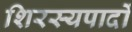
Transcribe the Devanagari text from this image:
शिरस्यपादों